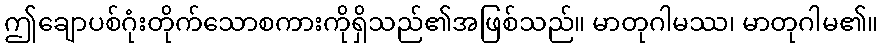
ဤချောပစ်ဂုံးတိုက်သောစကားကိုရှိသည်၏အဖြစ်သည်။ မာတုဂါမဿ၊ မာတုဂါမ၏။